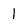
Character: l